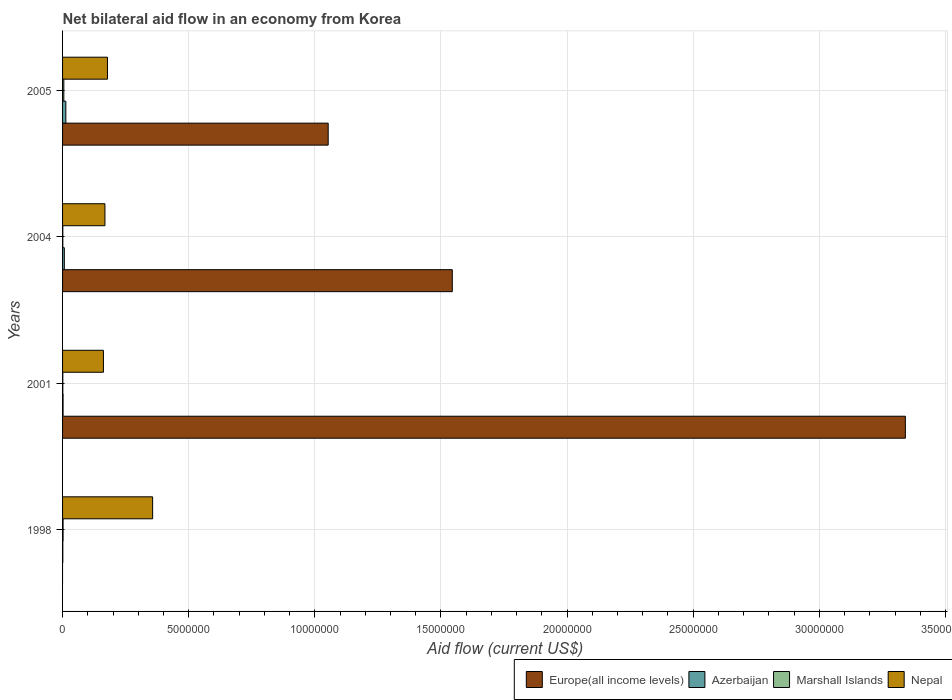
| Years | Europe(all income levels) | Azerbaijan | Marshall Islands | Nepal |
 | --- | --- | --- | --- | --- |
 | 1998 | -1.98e+07 | 1e+04 | 2e+04 | 3.57e+06 |
 | 2001 | 3.34e+07 | 2e+04 | 1e+04 | 1.62e+06 |
 | 2004 | 1.54e+07 | 7e+04 | 1e+04 | 1.68e+06 |
 | 2005 | 1.05e+07 | 1.3e+05 | 5e+04 | 1.78e+06 |